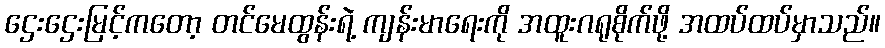
ဌေးဌေးမြင့်ကတော့ တင်မေထွန်းရဲ့ ကျန်းမာရေးကို အထူးဂရုစိုက်ဖို့ အထပ်ထပ်မှာသည်။